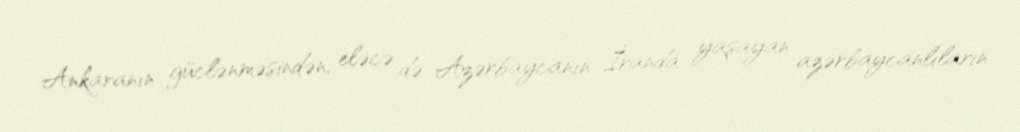
Ankaranın güclənməsindən, eləcə də Azərbaycanın İranda yaşayan azərbaycanlıların